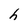
Character: h